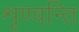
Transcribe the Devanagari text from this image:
शृण्वन्ति